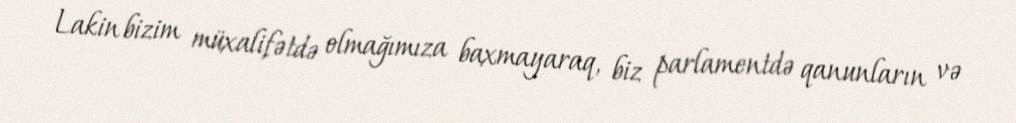
Lakin bizim müxalifətdə olmağımıza baxmayaraq, biz parlamentdə qanunların və